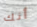
أنك